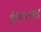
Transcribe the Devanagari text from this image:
त्रिप्पप्पुर्